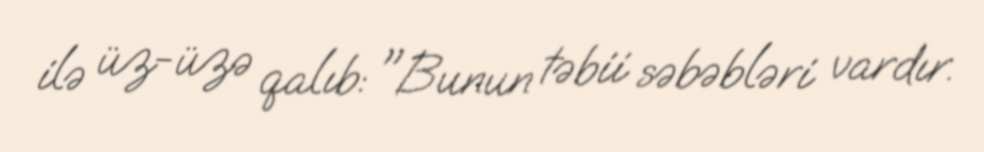
ilə üz-üzə qalıb: "Bunun təbii səbəbləri vardır.